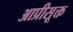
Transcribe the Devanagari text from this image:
आप्रीसूक्त